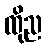
ထိုည